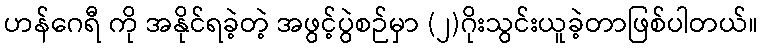
ဟန်ဂေရီ ကို အနိုင်ရခဲ့တဲ့ အဖွင့်ပွဲစဉ်မှာ (၂)ဂိုးသွင်းယူခဲ့တာဖြစ်ပါတယ်။